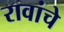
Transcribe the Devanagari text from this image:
रावांचे